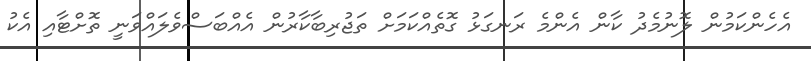
އެހެންކަމުން ލޮނުމެދު ކާން އެންމެ ރަނގަޅު ގޮތެއްކަމަށް ތަޖުރިބާކާރުން އެއްބަސްވެލައްވަނީ ތޮށްޓާއި އެކު